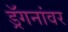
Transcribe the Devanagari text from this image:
ड्रॅगनांवर